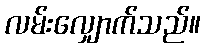
လမ်းလျှောက်သည်။